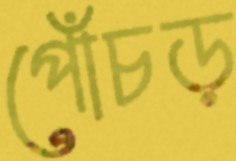
পোঁচড়